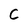
Character: C